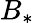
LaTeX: B_{*}